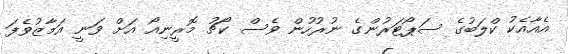
އެއާއެކު ކްލަބުގެ ސަޕޯޓަރުންގެ ނުރުހުން ވެސް ކޯޗު މޮރީނިއޯ އަށް ވަނީ އަމާޒުވެފަ